Civil Veterinary Department. Madras. Admin. report 1926-33 - 1926-1933
Year: 1926
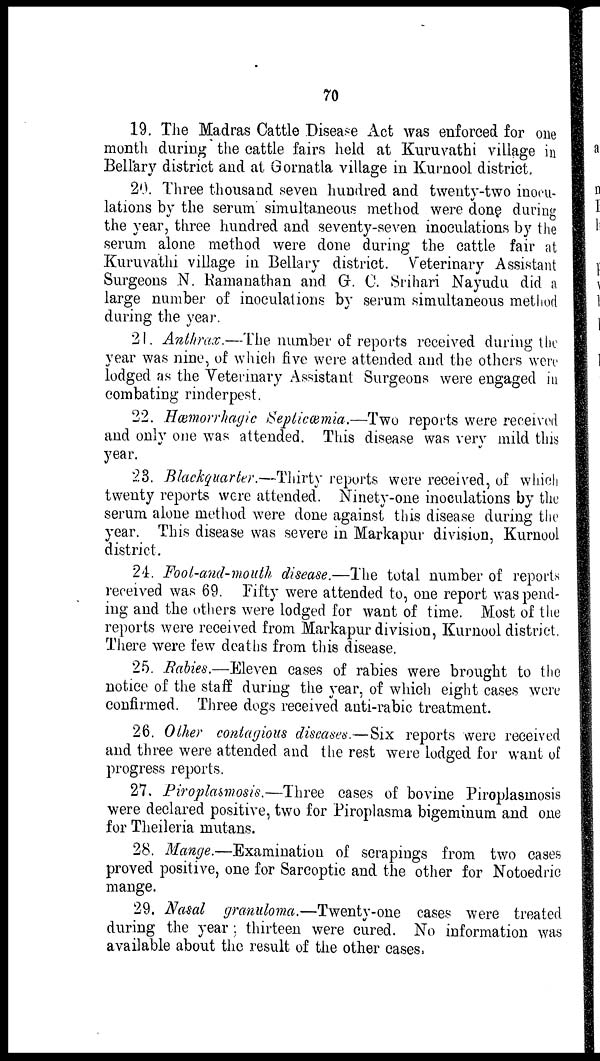
70
19. The Madras Cattle Disease Act was enforced for one
month during the cattle fairs held at Kuruvathi village in
Bellary district and at Gornatla village in Kurnool district.
20. Three thousand seven hundred and twenty-two inocu-
lations by the serum simultaneous method were done during
the year, three hundred and seventy-seven inoculations by the
serum alone method were done during the cattle fair at
Kuruvathi village in Bellary district. Veterinary Assistant
Surgeons N. Ramanathan and G. C. Srihari Nayudu did a
large number of inoculations by serum simultaneous method
during the year.
21. Anthrax.—The number of reports received during the
year was nine, of which five were attended and the others were
lodged as the Veterinary Assistant Surgeons were engaged in
combating rinderpest.
22. Hæmorrhagic Septicæmia.—Two reports were received
and only one was attended. This disease was very mild this
year.
23. Blackquarter.—Thirty reports were received, of which
twenty reports were attended. Ninety-one inoculations by the
serum alone method were done against this disease during the
year. This disease was severe in Markapur division, Kurnool
district.
24. Foot-and-mouth disease.—The total number of reports
received was 69. Fifty were attended to, one report was pend-
ing and the others were lodged for want of time. Most of the
reports were received from Markapur division, Kurnool district.
There were few deaths from this disease.
25. Rabies.—Eleven cases of rabies were brought to the
notice of the staff during the year, of which eight cases were
confirmed. Three dogs received anti-rabic treatment.
26. Other contagious diseases.—Six reports were received
and three were attended and the rest were lodged for want of
progress reports.
27. Piroplasmosis.—Three cases of bovine Piroplasmosis
were declared positive, two for Piroplasma bigeminum and one
for Theileria mutans.
28. Mange.—Examination of scrapings from two cases
proved positive, one for Sarcoptic and the other for Notoedric
mange.
29. Nasal granuloma.—Twenty-one cases were treated
during the year; thirteen were cured. No information was
available about the result of the other cases.